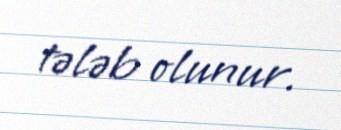
tələb olunur.